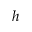
h